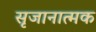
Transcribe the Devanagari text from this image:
सृजानात्मक